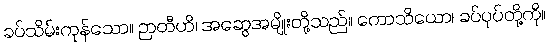
ခပ်သိမ်းကုန်သော။ ဉာတီဟိ၊ အဆွေအမျိုးတို့သည်။ ကောသိယော၊ ခပ်ပုပ်တို့ကို။